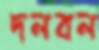
দলবল